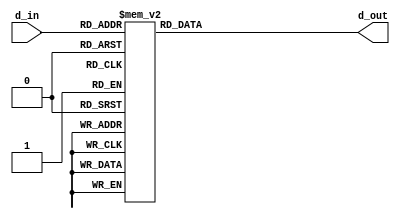
`define ZERO     7'b100_0000
`define ONE      7'b111_1001
`define TWO      7'b010_0100
`define THREE    7'b011_0000
`define FOUR     7'b001_1001
`define FIVE     7'b001_0110
`define SIX      7'b000_0010
`define SEVEN    7'b111_1000
`define EIGHT    7'b000_0000
`define NINE     7'b001_0000
`define TEN      7'b000_1000
`define ELEVEN   7'b000_0011
`define TWELEVE  7'b100_0110
`define THIRTEEN 7'b010_0001
`define FOURTEEN 7'b000_0110
`define FIFTEEN  7'b000_1110

module hex_display(d_in, d_out);
    input [3:0] d_in;
    output reg [6:0] d_out;

    always @(d_in) begin
        case (d_in)
            4'd0:    d_out = `ZERO; 
            4'd1:    d_out = `ONE;
            4'd2:    d_out = `TWO;
            4'd3:    d_out = `THREE;
            4'd4:    d_out = `FOUR;
            4'd5:    d_out = `FIVE;
            4'd6:    d_out = `SIX;
            4'd7:    d_out =  `SEVEN;
            4'd8:    d_out = `EIGHT;
            4'd9:    d_out = `NINE;
            4'd10:   d_out = `TEN;
            4'd11:   d_out = `ELEVEN;
            4'd12:   d_out = `TWELEVE;
            4'd13:   d_out = `THIRTEEN;
            4'd14:   d_out = `FOURTEEN;
            4'd15:   d_out = `FIFTEEN;
            default: d_out = `ZERO;
        endcase
    end
endmodule